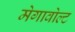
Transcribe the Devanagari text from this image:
मेगावोल्ट